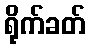
ရိုက်ခတ်